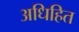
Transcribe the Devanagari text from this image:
अधिहित